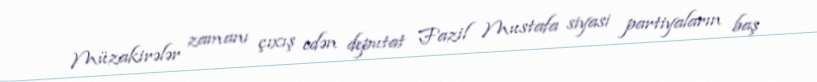
Müzakirələr zamanı çıxış edən deputat Fazil Mustafa siyasi partiyaların baş